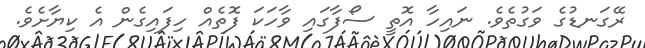
ރޭގަނޑުގެ ވަގުތެވެ. ނައިހާ އޮތީ ސޯފާގައި ވާހަކަ ފޮތެއް ހިފައިގެން އެ ކިޔާށެވެ.